Bombay plague: being a history of the progress of plague in the Bombay presidency from September 1896 to June 1899
Year: 1896
Disease focus: Plague
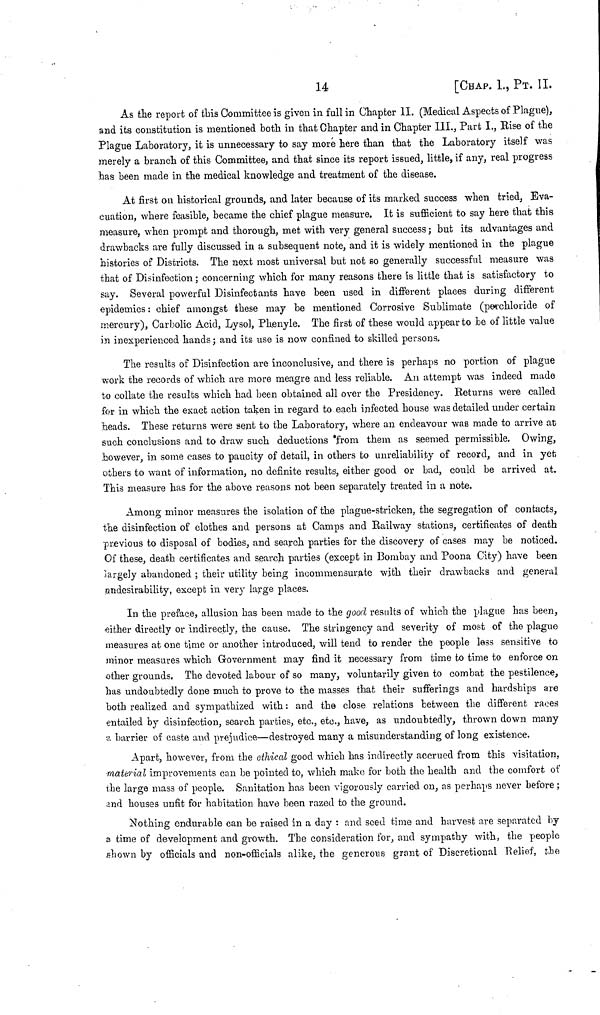
14
[CHAP. I., ΡT. II.
As the report of this Committee is given in full in Chapter II. (Medical Aspects of Plague),
and its constitution is mentioned both in that Chapter and in Chapter III., Part I., Rise of the
Plague Laboratory, it is unnecessary to say more here than that the Laboratory itself was
merely a branch of this Committee, and that since its report issued, little, if any, real progress
has been made in the medical knowledge and treatment of the disease.
At first on historical grounds, and later because of its marked success when tried, Eva-
cuation, where feasible, became the chief plague measure. It is sufficient to say here that this
measure, when prompt and thorough, met with very general success ; but its advantages and
drawbacks are fully discussed in a subsequent note, and it is widely mentioned in the plague
histories of Districts. The next most universal but not so generally successful measure was
that of Disinfection ; concerning which for many reasons there is little that is satisfactory to
say. Several powerful Disinfectants have been used in different places during different
epidemics : chief amongst these may be mentioned Corrosive Sublimate (perchloride of
mercury), Carbolic Acid, Lysol, Phenyle. The first of these would appear to be of little value
in inexperienced hands ; and its use is now confined to skilled persons.
The results of Disinfection are inconclusive, and there is perhaps no portion of plague
work the records of which are more meagre and less reliable. An attempt was indeed made
to collate the results which had been obtained all over the Presidency. Returns were called
for in which the exact action taken in regard to each infected house was detailed under certain
heads. These returns were sent to the Laboratory, where an endeavour was made to arrive at
such conclusions and to draw such deductions from them as seemed permissible. Owing,
however, in some cases to paucity of detail, in others to unreliability of record, and in yet
others to want of information, no definite results, either good or bad, could be arrived at.
This measure has for the above reasons not been separately treated in a note.
Among minor measures the isolation of the plague-stricken, the segregation of contacts,
the disinfection of clothes and persons at Camps and Railway stations, certificates of death
previous to disposal of bodies, and search parties for the discovery of cases may be noticed.
Of these, death certificates and search parties (except in Bombay and Poona City) have been
largely abandoned ; their utility being incommensurate with their drawbacks and general
ondesirability, except in very large places.
In the preface, allusion has been made to the good results of which the plague has been,
either directly or indirectly, the cause. The stringency and severity of most of the plague
measures at one time or another introduced, will tend to render the people less sensitive to
minor measures which Government may find it necessary from time to time to enforce on
other grounds. The devoted labour of so many, voluntarily given to combat the pestilence,
has undoubtedly done much to prove to the masses that their sufferings and hardships are
both realized and sympathized with : and the close relations between the different races
entailed by disinfection, search parties, etc., etc., have, as undoubtedly, thrown down many
a barrier of caste and prejudice—destroyed many a misunderstanding of long existence.
Apart, however, from the ethical good which has indirectly accrued from this visitation,
material improvements can be pointed to, which make for both the health and the comfort of
the large mass of people. Sanitation has been vigorously carried on, as perhaps never before ;
and houses unfit for habitation have been razed to the ground.
Nothing endurable can be raised in a day : and seed time and harvest are separated by
a time of development and growth. The consideration for, and sympathy with, the people
ßhown by officials and non-officials alike, the generous grant of Discretional Relief, the